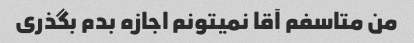
من متاسفم آقا نمیتونم اجازه بدم بگذری